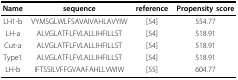
<table><thead><tr><td><b>Name</b></td><td><b>sequence</b></td><td><b>reference</b></td><td><b>Propensity score</b></td></tr></thead><tbody><tr><td>LH1-b</td><td>VYMSGLWLFSAVAIVAHLAVYIW</td><td>[54]</td><td>554.77</td></tr><tr><td>LH-a</td><td>ALVGLATFLFVLALLIHFILLST</td><td>[54]</td><td>518.91</td></tr><tr><td>Cut-a</td><td>ALVGLATFLFVLALLIHFILLST</td><td>[54]</td><td>518.91</td></tr><tr><td>Type1</td><td>ALVGLATFLFVLALLIHFILLST</td><td>[54]</td><td>518.91</td></tr><tr><td>LH-b</td><td>IFTSSILVFFGVAAFAHLLVWIW</td><td>[55]</td><td>604.77</td></tr></tbody></table>